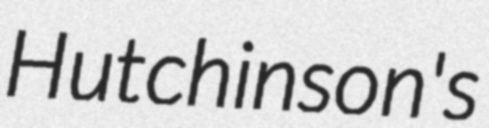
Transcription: Hutchinson's